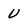
Character: U